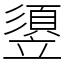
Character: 䇓